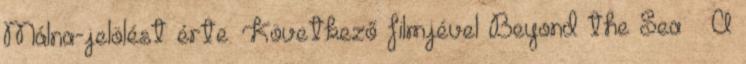
Málna-jelölést érte. Következő filmjével Beyond the Sea A